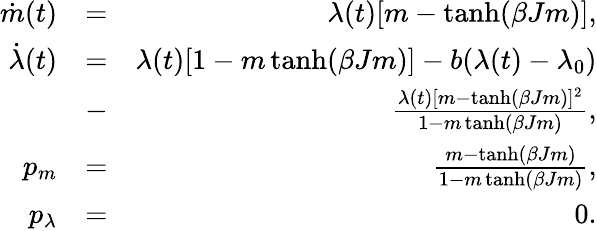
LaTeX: \begin{array}{rlr}{\dot{m}(t)}&{=}&{\lambda(t)[m-\operatorname{tanh}(\beta Jm)],}\\ {\dot{\lambda}(t)}&{=}&{\lambda(t)[1-m\operatorname{tanh}(\beta Jm)]-b(\lambda(t)-\lambda_{0})}\\ &{-}&{\frac{\lambda(t)[m-\operatorname{tanh}(\beta Jm)]^{2}}{1-m\operatorname{tanh}(\beta Jm)},}\\ {p_{m}}&{=}&{\frac{m-\operatorname{tanh}(\beta Jm)}{1-m\operatorname{tanh}(\beta Jm)},}\\ {p_{\lambda}}&{=}&{0.}\end{array}